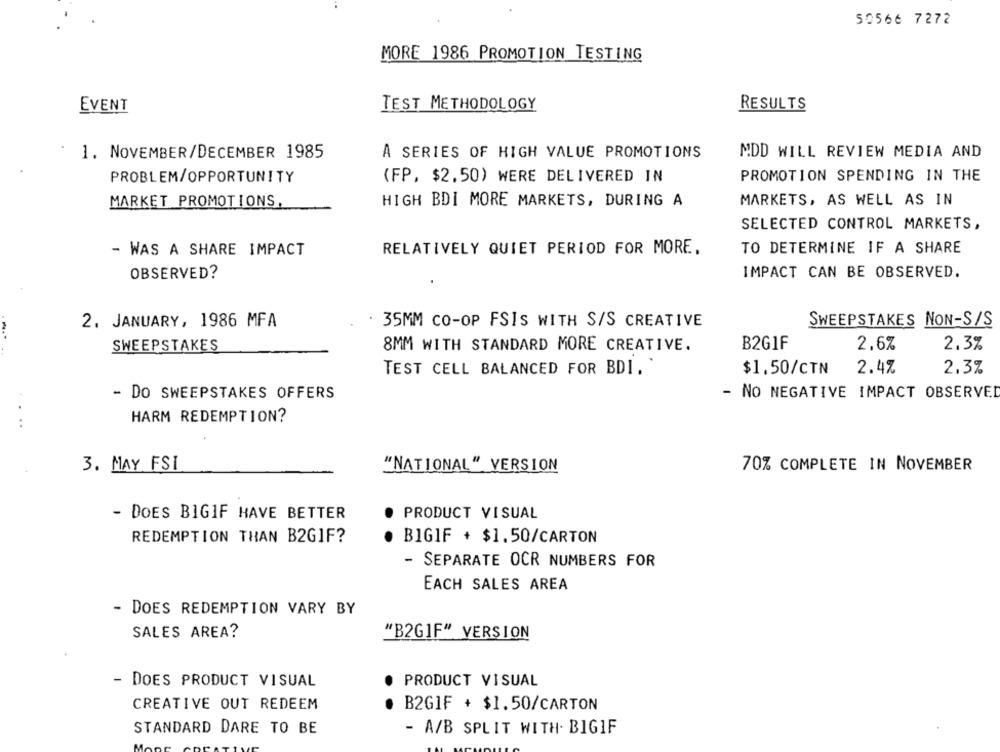
50566 7272
MORE 1986 PROMOTION TESTING
TEST METHODOLOGY
EVENT
RESULTS
1. NOVEMBER/DECEMBER 1985
A SERIES OF HIGH VALUE PROMOTIONS
MDD WILL REVIEW MEDIA AND
PROBLEM/OPPORTUNITY
(FP, $2.50) WERE DELIVERED IN
PROMOTION SPENDING IN THE
MARKET PROMOTIONS,
HIGH BDI MORE MARKETS, DURING A
MARKETS, AS WELL AS IN
SELECTED CONTROL MARKETS,
- WAS A SHARE IMPACT
RELATIVELY QUIET PERIOD FOR MORE.
TO DETERMINE IF A SHARE
OBSERVED?
IMPACT CAN BE OBSERVED.
2. JANUARY, 1986 MFA
35MM CO-OP FSIS WITH S/S CREATIVE
SWEEPSTAKES NON-S/S
SWEEPSTAKES
B2GIF
2,6%
2.3%
8MM WITH STANDARD MORE CREATIVE.
TEST CELL BALANCED FOR BDI.
$1.50/CTN
2.4%
2.3%
- DO SWEEPSTAKES OFFERS
- NO NEGATIVE IMPACT OBSERVED
HARM REDEMPTION?
..
3. MAY FSI
"NATIONAL" VERSION
70% COMPLETE IN NOVEMBER
- DOES BIGIF HAVE BETTER
PRODUCT VISUAL
REDEMPTION THAN B2GIF?
BIGIF + $1.50/CARTON
- SEPARATE OCR NUMBERS FOR
EACH SALES AREA
- DOES REDEMPTION VARY BY
SALES AREA?
"B2GIF" VERSION
- DOES PRODUCT VISUAL
PRODUCT VISUAL
CREATIVE OUT REDEEM
B2GIF + $1.50/CARTON
STANDARD DARE TO BE
- A/B SPLIT WITH. BIGIF